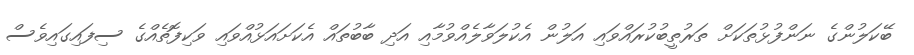
ބޭކަލުންގެ ނަންފުޅުތަކަށް ތަރުތީބުކުރައްވައި އަލުން އެކުލަވާލެއްވުމާއި އަދި ބާބުތައް އެކަށައަޅުއްވައި ވަކިފޮތެއްގެ ސިފައިގައިވެސް